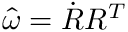
\hat { \omega } = \dot { R } R ^ { T }